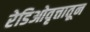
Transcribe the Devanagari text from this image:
रेडिओवृत्तातून